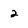
Character: 2